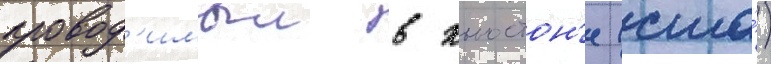
провод'имыи в хьюстон'е (сша́)